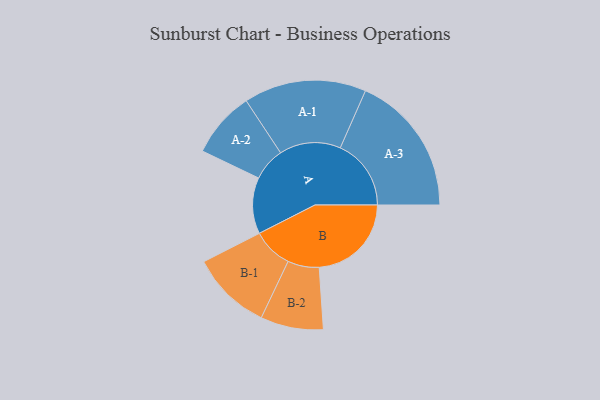
{"axis": {"x": "Segment", "y": "Value"}, "legend": ["", "A", "B"], "data": [{"x": "A", "y": 224, "type": ""}, {"x": "B", "y": 367, "type": ""}, {"x": "A-1", "y": 244, "type": "A"}, {"x": "A-2", "y": 132, "type": "A"}, {"x": "A-3", "y": 282, "type": "A"}, {"x": "B-1", "y": 160, "type": "B"}, {"x": "B-2", "y": 125, "type": "B"}]}